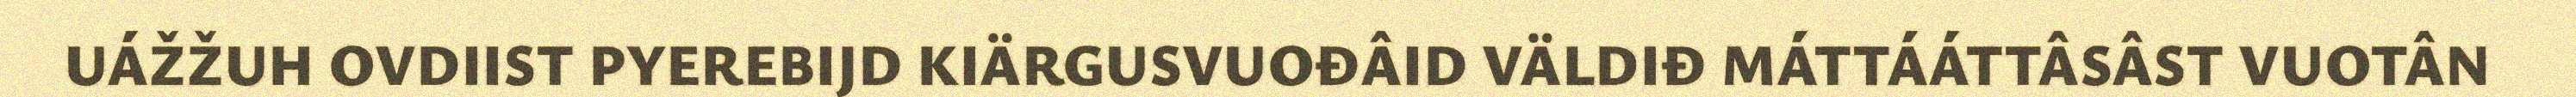
UÁŽŽUH OVDIIST PYEREBIJD KIÄRGUSVUOĐÂID VÄLDIĐ MÁTTÁÁTTÂSÂST VUOTÂN